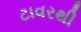
ટાવરથી